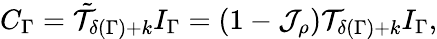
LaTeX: C_{\Gamma}=\tilde{\cal T}_{\delta(\Gamma)+k}I_{\Gamma}=(1-{\cal J}_{\rho}){\cal T}_{\delta(\Gamma)+k}I_{\Gamma},